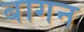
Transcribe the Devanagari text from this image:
बागन